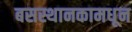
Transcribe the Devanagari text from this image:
बसस्थानकामधून